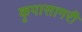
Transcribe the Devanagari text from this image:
कृपासागरी